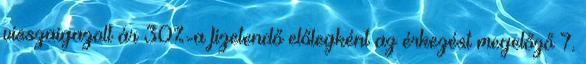
visszaigazolt ár 30%-a fizetendő előlegként az érkezést megelőző 7.